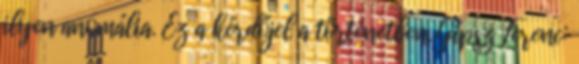
ilyen anomália. Ez a kérdőjel a történetben. Gipsz Ferenc: